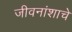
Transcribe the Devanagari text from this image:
जीवनांशाचे